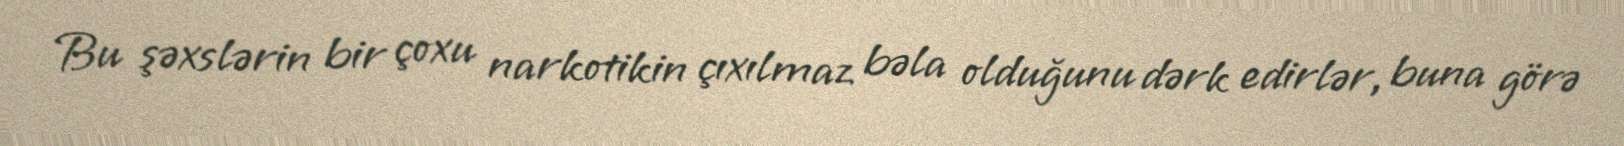
Bu şəxslərin bir çoxu narkotikin çıxılmaz bəla olduğunu dərk edirlər, buna görə